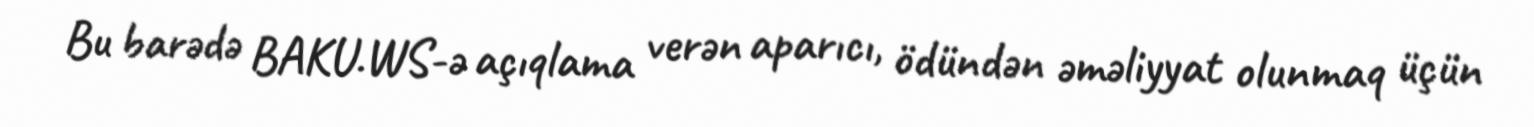
Bu barədə BAKU.WS-ə açıqlama verən aparıcı, ödündən əməliyyat olunmaq üçün